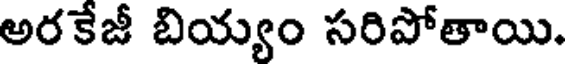
అరకేజీ బియ్యం సరిపోతాయి.